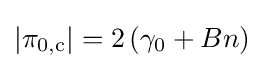
|\pi _{0,\mathrm {c} }|=2\left(\gamma _{0}+Bn\right)